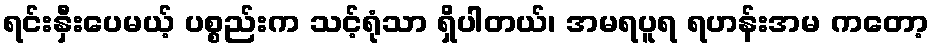
ရင်းနှီးပေမယ့် ပစ္စည်းက သင့်ရုံသာ ရှိပါတယ်၊ အမရပူရ ရဟန်းအမ ကတော့